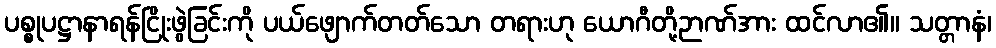
ပစ္စုပဋ္ဌာနာရန်ငြိုးဖွဲခြင်းကို ပယ်ဖျောက်တတ်သော တရားဟု ယောဂီတို့ဉာဏ်အား ထင်လာ၏။ သတ္တာနံ၊